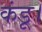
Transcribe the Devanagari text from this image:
कंडू।